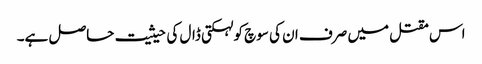
اس مقتل میں صرف ان کی سوچ کو لہکتی ڈال کی حیثیت حاصل ہے۔